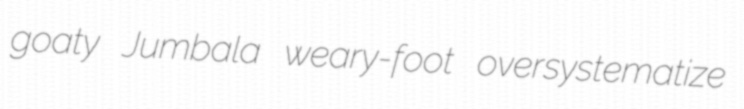
goaty Jumbala weary-foot oversystematize